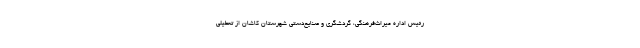
رئیس اداره میراث‌فرهنگی، گردشگری و صنایع‌دستی شهرستان کاشان از تعطیلی